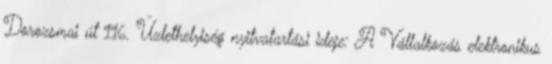
Dorozsmai út 116. Üzlethelyiség nyitvatartási ideje: A Vállalkozás elektronikus